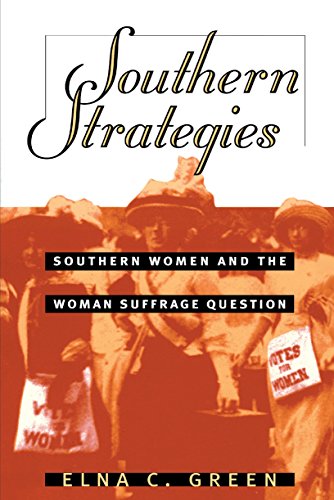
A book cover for Southern Strategies: Southern Women and the Woman Suffrage Question; Elna C. Green; Politics & Social Sciences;